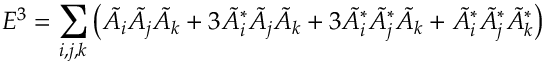
E ^ { 3 } = \sum _ { i , j , k } \left( \tilde { A } _ { i } \tilde { A } _ { j } \tilde { A } _ { k } + 3 \tilde { A } _ { i } ^ { * } \tilde { A } _ { j } \tilde { A } _ { k } + 3 \tilde { A } _ { i } ^ { * } \tilde { A } _ { j } ^ { * } \tilde { A } _ { k } + \tilde { A } _ { i } ^ { * } \tilde { A } _ { j } ^ { * } \tilde { A } _ { k } ^ { * } \right)